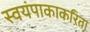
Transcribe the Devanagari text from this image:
स्वयंपाकाकरिता